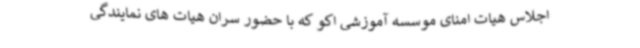
اجلاس هیات امنای موسسه آموزشی اکو که با حضور سران هیات های نمایندگی